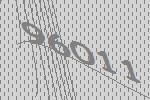
96011